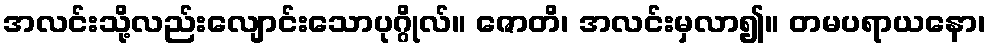
အလင်းသို့လည်းလျောင်းသောပုဂ္ဂိုလ်။ ဇောတိ၊ အလင်းမှလာ၍။ တမပရာယနော၊